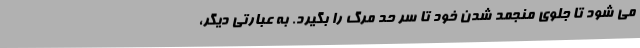
می شود تا جلوی منجمد شدن خود تا سر حد مرگ را بگیرد. به عبارتی دیگر،